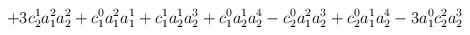
LaTeX: \begin{align*}+3c_{2}^{1}a_{1}^{2}a_{2}^{2}+c_{1}^{0}a_{1}^{2}a_{1}^{1}+c_{1}^{1}a_{2}^{1}a_{2}^{3}+c_{1}^{0}a_{2}^{1}a_{2}^{4}-c_{2}^{0}a_{1}^{2}a_{2}^{3}+c_{2}^{0}a_{1}^{1}a_{2}^{4}-3a_{1}^{0}c_{2}^{2}a_{2}^{3}\end{align*}